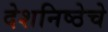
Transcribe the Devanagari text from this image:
देशनिष्ठेचे